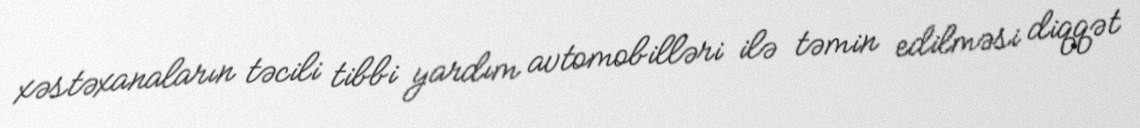
xəstəxanaların təcili tibbi yardım avtomobilləri ilə təmin edilməsi diqqət